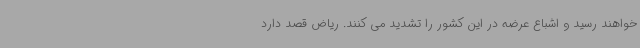
خواهند رسید و اشباع عرضه در این کشور را تشدید می کنند. ریاض قصد دارد